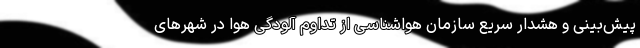
پیش‌بینی و هشدار سریع سازمان هواشناسی از تداوم آلودگی هوا در شهرهای